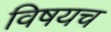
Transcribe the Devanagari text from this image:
विषयच